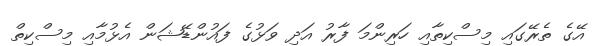
އޭގެ ތެރޭގައި މިސްކިތާއި ހަރިންމަ ފާރު އަދި ވަޅުގެ ފައުންޑޭޝަން އެޅުމާއި މިސްކިތް